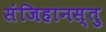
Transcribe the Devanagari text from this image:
संजिहानस्तु